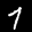
Label: 7